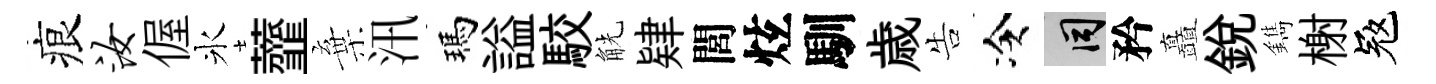
痕汝偓氷虀棄汛瑪謚駮觥肄閭炫馴歳告冷间矜矗銳鐫榭冦